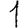
Digit: 1